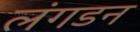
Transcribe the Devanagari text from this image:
लंगडन